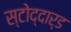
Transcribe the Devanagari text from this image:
स्टोद्दार्ड